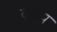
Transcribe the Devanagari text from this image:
द्धय